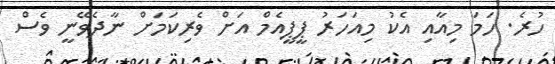
ހުރެ. ހަމަ މިއާއި އެކު މިއަހަރު ޕީޕީއެމް އަށް ވެރިކަމަށް ނާދެވޭނީ ވެސް